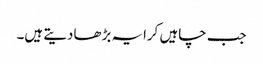
جب چاہیں کرایہ بڑھادیتے ہیں۔